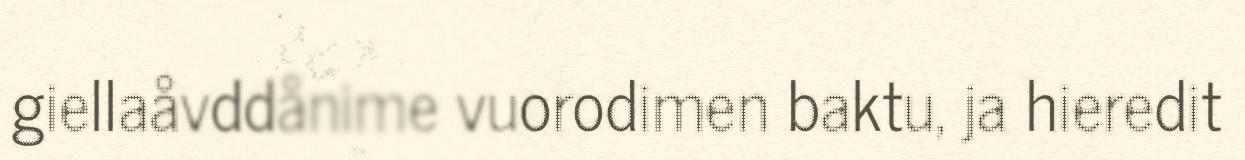
giellaåvddånime vuorodimen baktu, ja hieredit